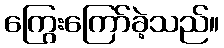
ကြွေးကြော်ခဲ့သည်။